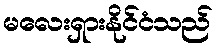
မလေးရှားနိုင်ငံသည်